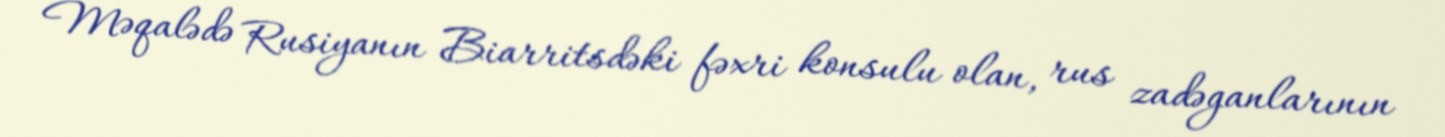
Məqalədə Rusiyanın Biarritsdəki fəxri konsulu olan, rus zadəganlarının